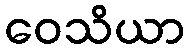
ဝေသိယာ